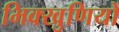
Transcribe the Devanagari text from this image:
भिक्खुणियों